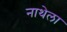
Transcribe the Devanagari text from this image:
नाथेला